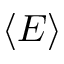
\langle E \rangle